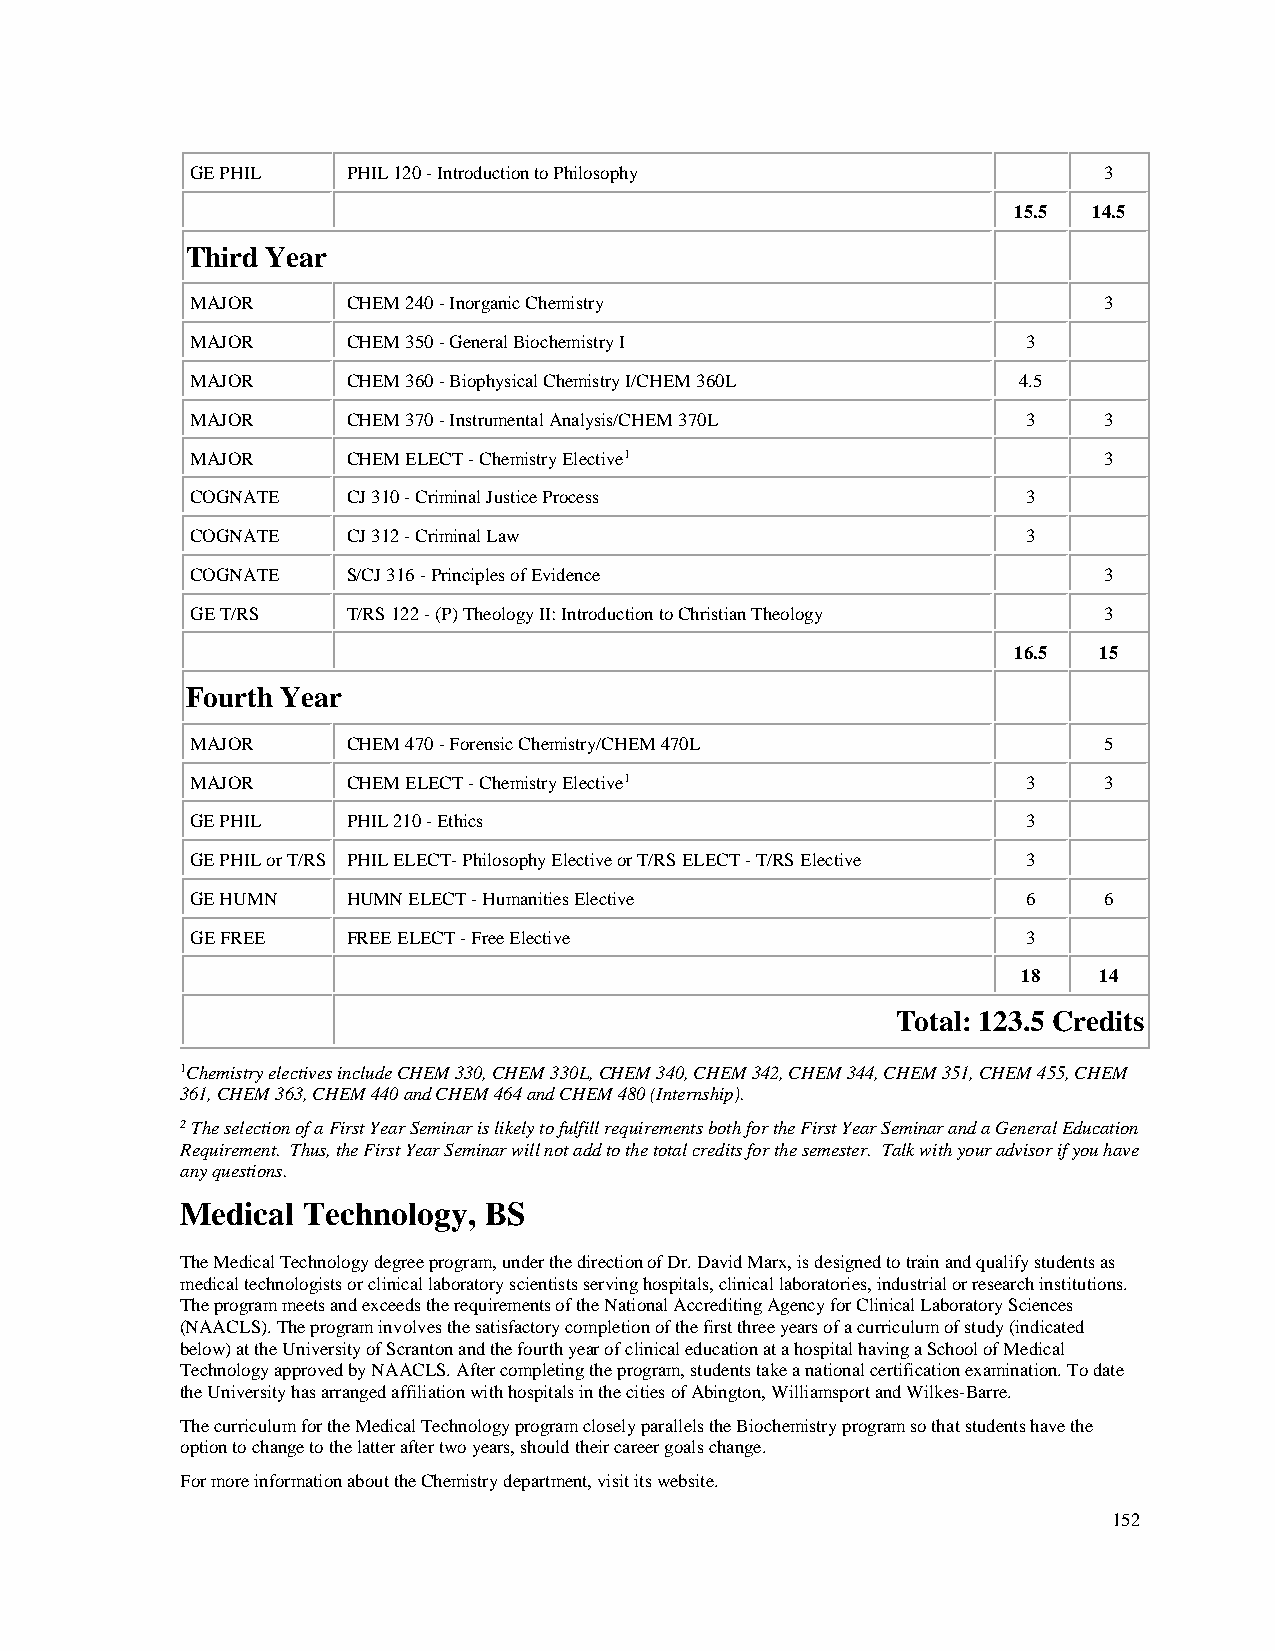
GE PHIL   PHIL 120 - Introduction to Philosophy             3
 15.5 14.5
 Third Year
 MAJOR     CHEM 240 - Inorganic Chemistry                    3
 MAJOR     CHEM 350 - General Biochemistry I            3
 MAJOR     CHEM 360 - Biophysical Chemistry I/CHEM 360L 4.5
 MAJOR     CHEM 370 - Instrumental Analysis/CHEM 370L   3    3
 MAJOR     CHEM ELECT - Chemistry Elective1                  3
 COGNATE   CJ 310 - Criminal Justice Process            3
 COGNATE   CJ 312 - Criminal Law                        3
 COGNATE   S/CJ 316 - Principles of Evidence                 3
 GE T/RS   T/RS 122 - (P) Theology II: Introduction to Christian Theology 3
 16.5  15
 Fourth Year
 MAJOR     CHEM 470 - Forensic Chemistry/CHEM 470L           5
 MAJOR     CHEM ELECT - Chemistry Elective1             3    3
 GE PHIL   PHIL 210 - Ethics                            3
 GE PHIL or T/RS PHIL ELECT- Philosophy Elective or T/RS ELECT - T/RS Elective 3
 GE HUMN   HUMN ELECT - Humanities Elective             6    6
 GE FREE   FREE ELECT - Free Elective                   3
 18   14
 Total: 123.5 Credits
 1Chemistry electives include CHEM 330, CHEM 330L, CHEM 340, CHEM 342, CHEM 344, CHEM 351, CHEM 455, CHEM
 361, CHEM 363, CHEM 440 and CHEM 464 and CHEM 480 (Internship).
 2 The selection of a First Year Seminar is likely to fulfill requirements both for the First Year Seminar and a General Education
 Requirement. Thus, the First Year Seminar will not add to the total credits for the semester. Talk with your advisor if you have
 any questions.
 Medical Technology, BS
 The Medical Technology degree program, under the direction of Dr. David Marx, is designed to train and qualify students as
 medical technologists or clinical laboratory scientists serving hospitals, clinical laboratories, industrial or research institutions.
 The program meets and exceeds the requirements of the National Accrediting Agency for Clinical Laboratory Sciences
 (NAACLS). The program involves the satisfactory completion of the first three years of a curriculum of study (indicated
 below) at the University of Scranton and the fourth year of clinical education at a hospital having a School of Medical
 Technology approved by NAACLS. After completing the program, students take a national certification examination. To date
 the University has arranged affiliation with hospitals in the cities of Abington, Williamsport and Wilkes-Barre.
 The curriculum for the Medical Technology program closely parallels the Biochemistry program so that students have the
 option to change to the latter after two years, should their career goals change.
 For more information about the Chemistry department, visit its website.
 152